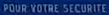
POUR VOTRE SÉCURIT